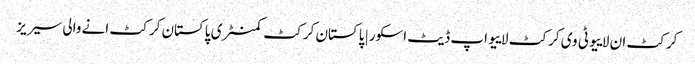
کرکٹ ان لاییو ٹی وی کرکٹ لاییو اپ ڈیٹ اسکور | پاکستان کرکٹ کمنٹری پاکستان کرکٹ انے والی سیریز